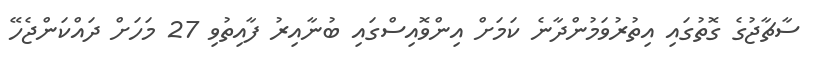
ސާޗާޖުގެ ގޮތުގައި އިތުރުވަމުންދާނެ ކަމަށް އިންވޮއިސްގައި ބުނާއިރު ފާއިތުވި 27 މަހަށް ދައްކަންޖެހޭ